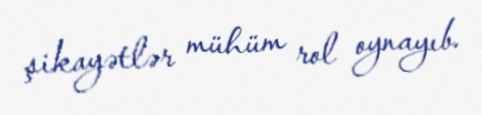
şikayətlər mühüm rol oynayıb.